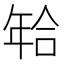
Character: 𰏫